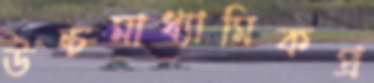
উচ্চমাধ্যামিকপ্র